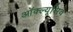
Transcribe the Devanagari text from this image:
ऑक्ल्यूसिव